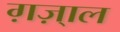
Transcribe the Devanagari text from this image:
ग़ज़्‍ाल